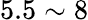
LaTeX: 5.5\sim 8